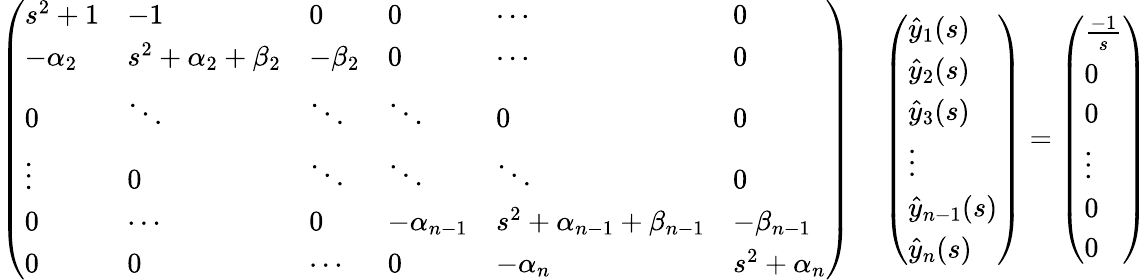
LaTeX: \begin{array}{r}{\left(\begin{array}{llllll}{s^{2}+1}&{-1}&{0}&{0}&{\cdots}&{0}\\ {-\alpha_{2}}&{s^{2}+\alpha_{2}+\beta_{2}}&{-\beta_{2}}&{0}&{\cdots}&{0}\\ {0}&{\ddots}&{\ddots}&{\ddots}&{0}&{0}\\ {\vdots}&{0}&{\ddots}&{\ddots}&{\ddots}&{0}\\ {0}&{\cdots}&{0}&{-\alpha_{n-1}}&{s^{2}+\alpha_{n-1}+\beta_{n-1}}&{-\beta_{n-1}}\\ {0}&{0}&{\cdots}&{0}&{-\alpha_{n}}&{s^{2}+\alpha_{n}}\end{array}\right)\quad\left(\begin{array}{l}{\hat{y}_{1}(s)}\\ {\hat{y}_{2}(s)}\\ {\hat{y}_{3}(s)}\\ {\vdots}\\ {\hat{y}_{n-1}(s)}\\ {\hat{y}_{n}(s)}\end{array}\right)=\left(\begin{array}{l}{\frac{-1}{s}}\\ {0}\\ {0}\\ {\vdots}\\ {0}\\ {0}\end{array}\right)}\end{array}